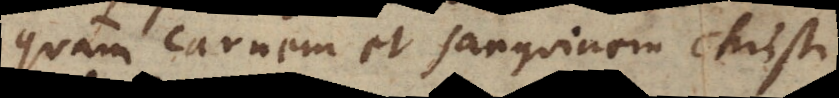
quam carnem et sanguinem Christi